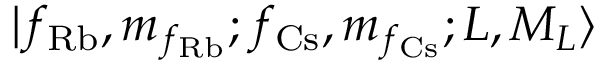
| f _ { \mathrm { R b } } , m _ { f _ { \mathrm { R b } } } ; f _ { \mathrm { C s } } , m _ { f _ { \mathrm { C s } } } ; L , M _ { L } \rangle